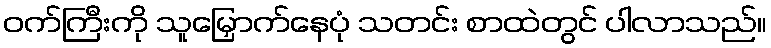
ဝက်ကြီးကို သူမြှောက်နေပုံ သတင်း စာထဲတွင် ပါလာသည်။